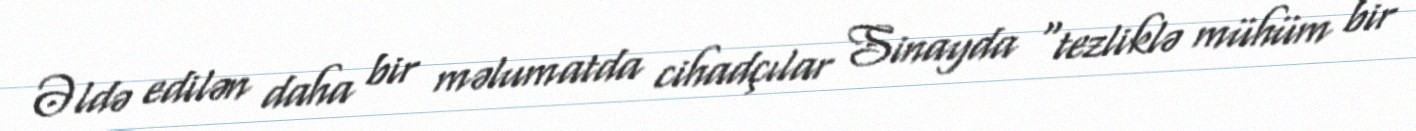
Əldə edilən daha bir məlumatda cihadçılar Sinayda “tezliklə mühüm bir